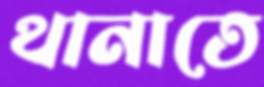
থানাতে